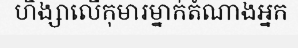
ហិង្សាលើកុមារម្នាក់តំណាងអ្នក